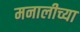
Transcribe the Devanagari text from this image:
मनालीच्या